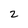
Character: 2